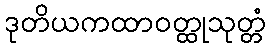
ဒုတိယကထာဝတ္ထုသုတ္တံ